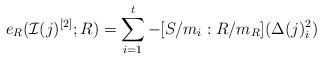
LaTeX: \begin{align*}e_R(\mathcal I(j)^{[2]};R)=\sum_{i=1}^t-[S/m_i:R/m_R](\Delta(j)_i^2)\end{align*}